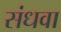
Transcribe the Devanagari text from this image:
संधवा